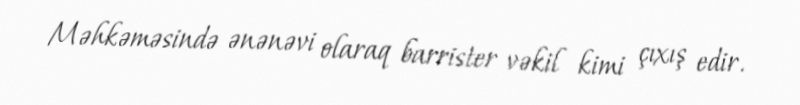
Məhkəməsində ənənəvi olaraq barrister vəkil kimi çıxış edir.